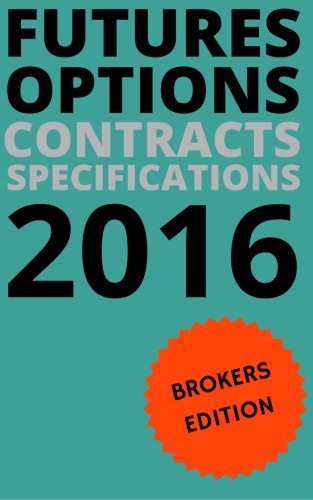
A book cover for Futures Options Contracts Specifications 2016: Stock Indices, Currencies, Metals, Energy, Bonds, Rates, Livestock, Agricultural, Softs: Futures & ... Specifications, Trading Hours and Tips; John Wilmore; Business & Money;